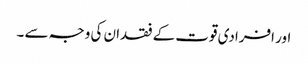
اور افرادی قوت کے فقدان کی وجہ سے ۔